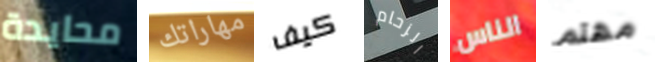
محايدة مهاراتك كيف الزحام الناس مهتم